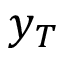
y _ { T }